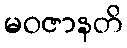
မဝဇာနတိ